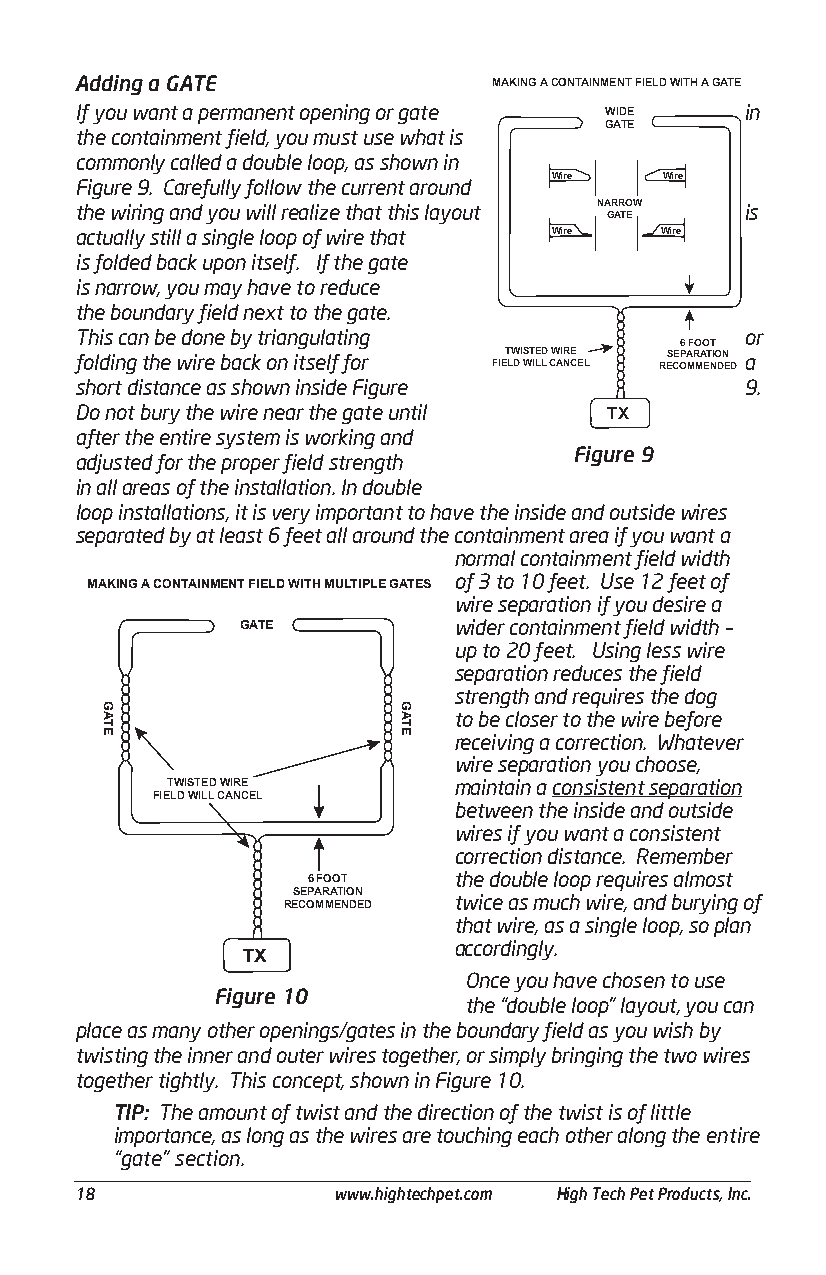
Adding a GATE               MAKING A CONTAINMENT FIELD WITH A GATE
 If you want a permanent opening or gate WIDE in
 GATE
 the containment field, you must use what is
 commonly called a double loop, as shown in
 Wire    Wire
 Figure 9. Carefully follow the current around
 the wiring and you will realize that this layout NARROW is
 GATE
 actually still a single loop of wire that Wire Wire
 is folded back upon itself. If the gate
 is narrow, you may have to reduce
 the boundary field next to the gate.
 This can be done by triangulating           or
 6 FOOT
 folding the wire back on itself for FIET LW DI S WT ILE LD CW AI NR CE EL RES CE OPA MR MA ET NIO DN ED a
 short distance as shown inside Figure       9.
 Do not bury the wire near the gate until TX
 after the entire system is working and
 Figure 9
 adjusted for the proper field strength
 in all areas of the installation. In double
 loop installations, it is very important to have the inside and outside wires
 separated by at least 6 feet all around the containment area if you want a
 normal containment field width
 of 3 to 10 feet. Use 12 feet of
 MAKING A CONTAINMENT FIELD WITH MULTIPLE GATES
 wire separation if you desire a
 GATE          wider containment field width –
 up to 20 feet. Using less wire
 separation reduces the field
 strength and requires the dog
 to be closer to the wire before
 receiving a correction. Whatever
 wire separation you choose,
 TWISTED WIRE       maintain a consistent separation
 FIELD WILL CANCEL
 between the inside and outside
 wires if you want a consistent
 correction distance. Remember
 6 FOOT    the double loop requires almost
 SEPARATION twice as much wire, and burying of
 RECOMMENDED
 that wire, as a single loop, so plan
 accordingly.
 TX
 Once you have chosen to use
 Figure 10
 the “double loop” layout, you can
 place as many other openings/gates in the boundary field as you wish by
 twisting the inner and outer wires together, or simply bringing the two wires
 together tightly. This concept, shown in Figure 10.
 TIP: The amount of twist and the direction of the twist is of little
 importance, as long as the wires are touching each other along the entire
 “gate” section.
 ______________________________________________________________________________________
 18               www.hightechpet.com High Tech Pet Products, Inc.
 GATE               GATE